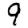
Digit: 9